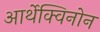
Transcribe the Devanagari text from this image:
आर्थेक्विनोन